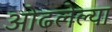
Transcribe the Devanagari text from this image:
ओढलेल्या